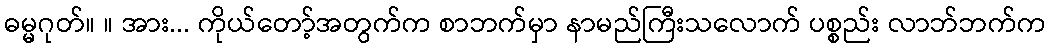
ဓမ္မဂုတ်။ ။ အား... ကိုယ်တော့်အတွက်က စာဘက်မှာ နာမည်ကြီးသလောက် ပစ္စည်း လာဘ်ဘက်က